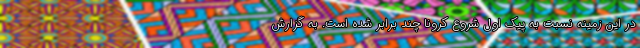
در این زمینه نسبت به پیک اول شروع کرونا چند برابر شده است. به گزارش